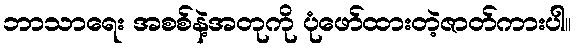
ဘာသာရေး အစစ်နဲ့အတုကို ပုံဖော်ထားတဲ့ဇာတ်ကားပါ။